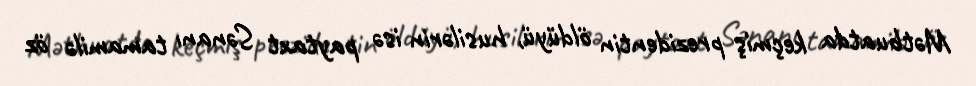
Mətbuatda keçmiş prezidentin öldüyü, husilərin isə paytaxt Sənanı tamamilə öz